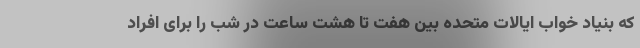
که بنیاد خواب ایالات متحده بین هفت تا هشت ساعت در شب را برای افراد